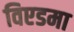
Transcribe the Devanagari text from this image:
विएडमा